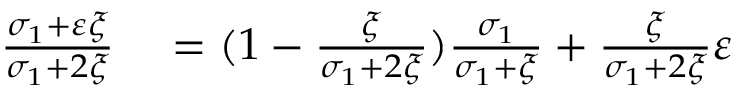
\begin{array} { r l } { \frac { \sigma _ { 1 } + \varepsilon \xi } { \sigma _ { 1 } + 2 \xi } } & { { } = ( 1 - \frac { \xi } { \sigma _ { 1 } + 2 \xi } ) \frac { \sigma _ { 1 } } { \sigma _ { 1 } + \xi } + \frac { \xi } { \sigma _ { 1 } + 2 \xi } \varepsilon } \end{array}